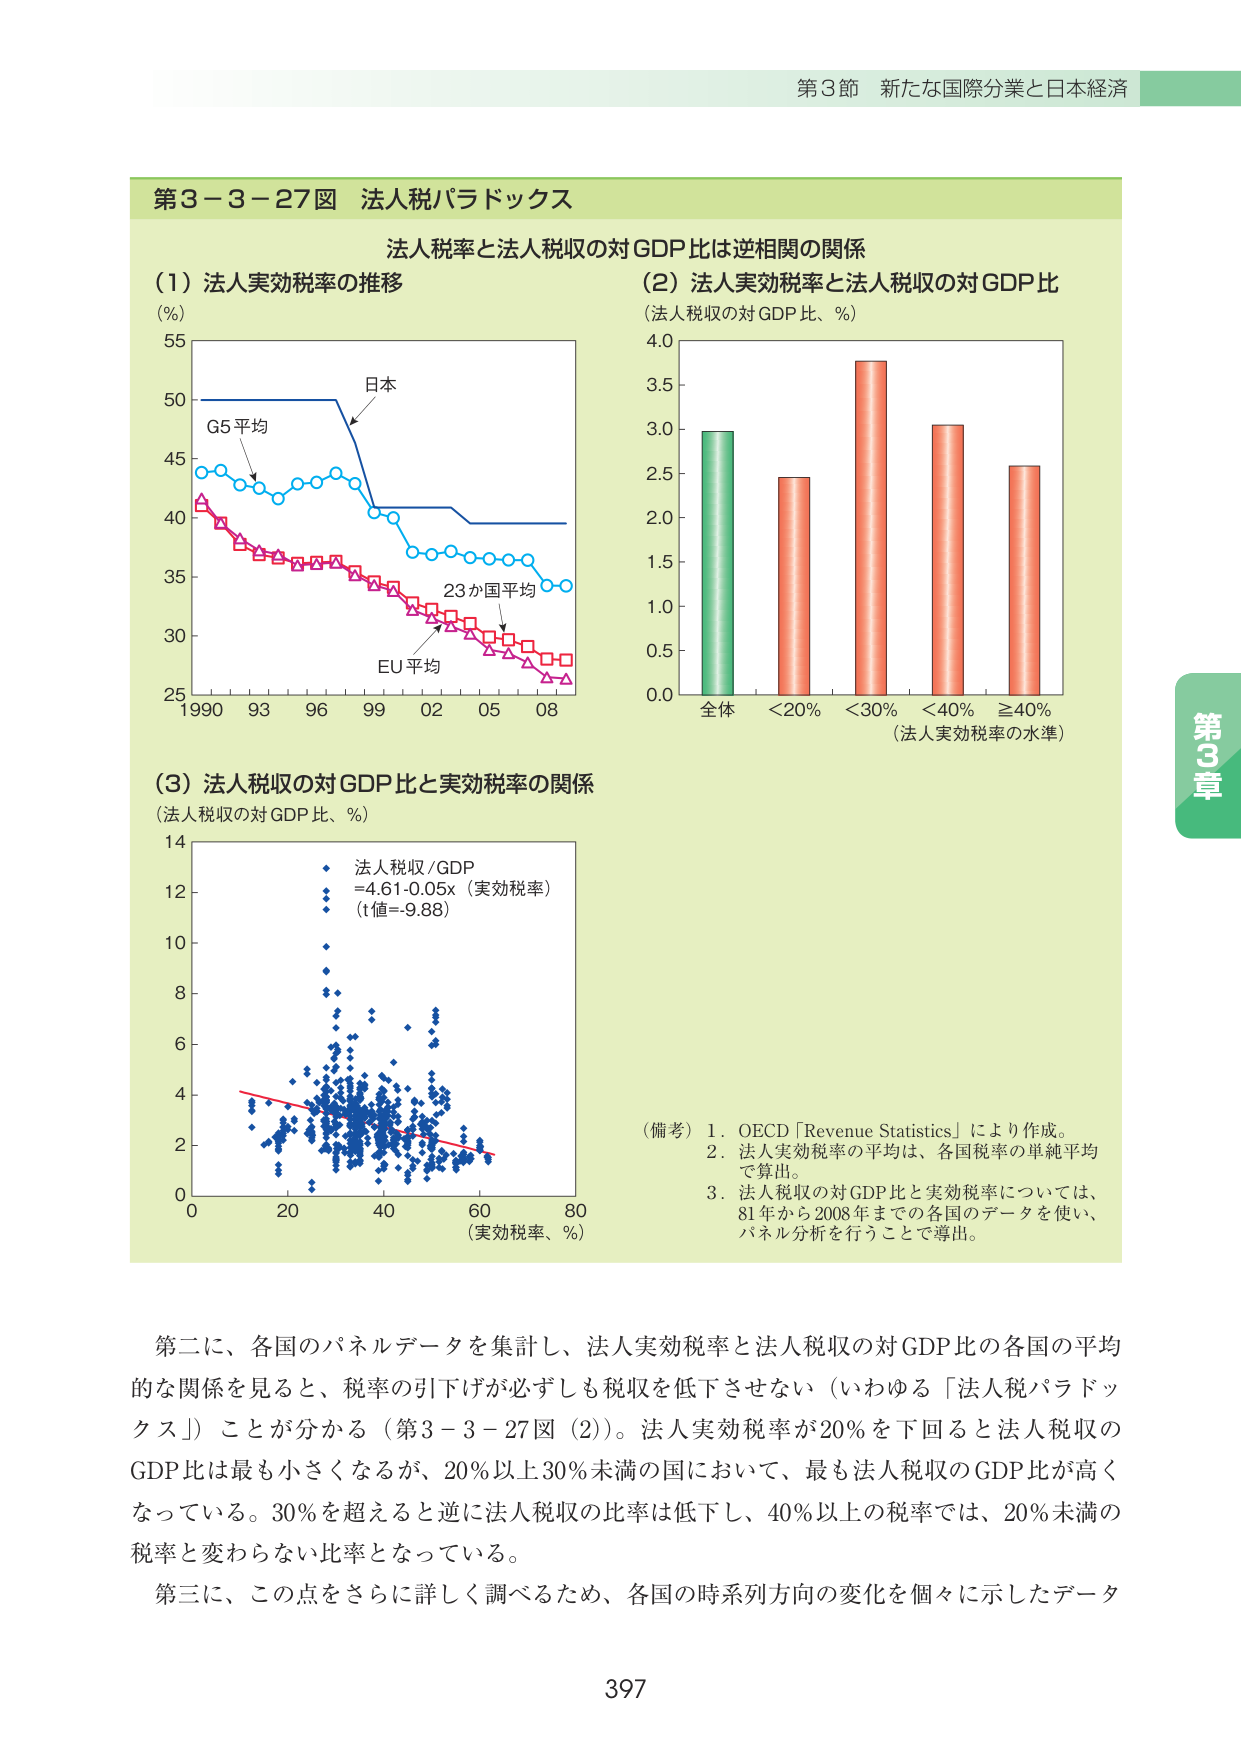
第3節 新たな国際分業と日本経済

第3－3－27図 法人税パラドックス

法人税率と法人税収の対GDP比は逆相関の関係

(1) 法人実効税率の推移
(%)
55
50
45
40
35
30
25
1990 93 96 99 02 05 08
日本
G5平均
23か国平均
EU平均

(2) 法人実効税率と法人税収の対GDP比
(法人税収の対GDP比、%)
4.0
3.5
3.0
2.5
2.0
1.5
1.0
0.5
0.0
全体 <20% <30% <40% ≧40%
(法人実効税率の水準)

(3) 法人税収の対GDP比と実効税率の関係
(法人税収の対GDP比、%)
14
12
10
8
6
4
2
0
0 20 40 60 80
(実効税率、%)
法人税収/GDP
=4.61-0.05x（実効税率）
(t値=-9.88)

(備考)
1. OECD「Revenue Statistics」により作成。
2. 法人実効税率の平均は、各国税率の単純平均で算出。
3. 法人税収の対GDP比と実効税率については、81年から2008年までの各国のデータを使い、パネル分析を行うことで導出。

第二に、各国のパネルデータを集計し、法人実効税率と法人税収の対GDP比の各国の平均的な関係を見ると、税率の引下げが必ずしも税収を低下させない（いわゆる「法人税パラドックス」）ことが分かる（第3－3－27図（2））。法人実効税率が20％を下回ると法人税収のGDP比は最も小さくなるが、20％以上30％未満の国において、最も法人税収のGDP比が高くなっている。30％を超えると逆に法人税収の比率は低下し、40％以上の税率では、20％未満の税率と変わらない比率となっている。

第三に、この点をさらに詳しく調べるため、各国の時系列方向の変化を個々に示したデータ

397

第3章